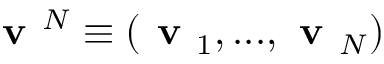
\textbf { v } ^ { N } \equiv ( \textbf { v } _ { 1 } , . . . , \textbf { v } _ { N } )